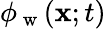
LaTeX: \phi_{\mathrm{~w~}}(\mathbf{x};t)